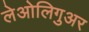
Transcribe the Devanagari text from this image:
लेओलिगुअर